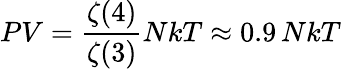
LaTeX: PV={\frac{\zeta(4)}{\zeta(3)}}NkT\approx 0.9\, NkT